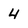
Character: 4